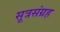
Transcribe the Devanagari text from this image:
सूत्रसंग्रह